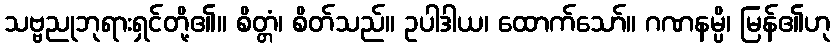
သဗ္ဗညုဘုရားရှင်တို့၏။ စိတ္တံ၊ စိတ်သည်။ ဥပါဒါယ၊ ထောက်သော်။ ဂဏနမ္ပိ၊ မြန်၏ဟု